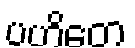
ပဟိတေ